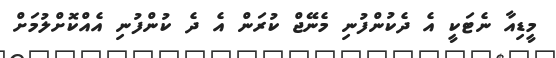
މީޑިއާ ނެޓަކީ އެ ދެކުންފުނި މެނޭޖް ކުރަން އެ ދެ ކުންފުނި އެއްކޮށްލުމަށް